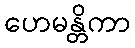
ဟေမန္တိကာ